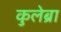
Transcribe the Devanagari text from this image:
कुलेब्रा